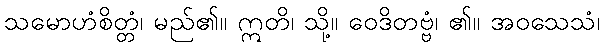
သမောဟံစိတ္တံ၊ မည်၏။ ဣတိ၊ သို့။ ဝေဒိတဗ္ဗံ၊ ၏။ အဝသေသံ၊